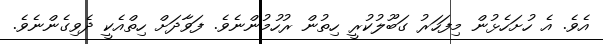
އެވެ. އެ ހުށަހެޅުން މިފަހަރު ގަބޫލުކުރީ ހިތުން ރުހުމުންނެވެ. ފަވާދަށް ހިތްއެކީ ދެވިގެންނެވެ.